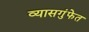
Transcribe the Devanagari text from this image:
व्यासगुंफेत